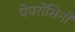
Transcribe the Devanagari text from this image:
पेपरोंसिनो